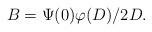
LaTeX: \begin{align*} B=\Psi(0)\varphi(D)/2D.\end{align*}